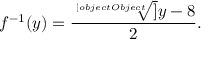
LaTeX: f ^ { - 1 } ( y ) = { \frac { { \sqrt [ [object Object] ] { y } } - 8 } { 2 } } .